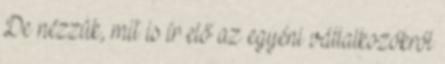
De nézzük, mit is ír elő az egyéni vállalkozókról